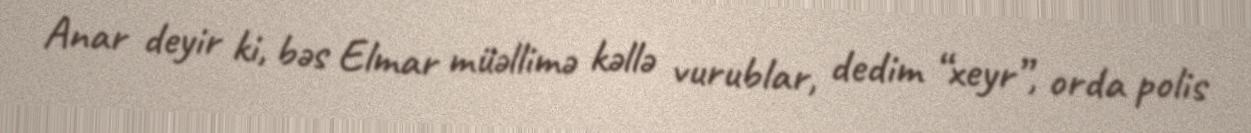
Anar deyir ki, bəs Elmar müəllimə kəllə vurublar, dedim “xeyr”, orda polis